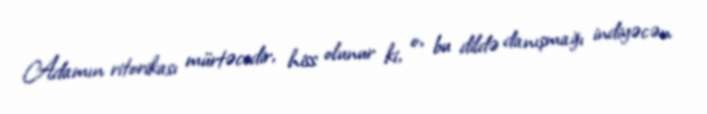
Adamın ritorikası mürtəcedir, hiss olunur ki, o, bu dildə danışmağı indiyəcən